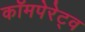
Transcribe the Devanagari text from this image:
कॉमपेरेट्व